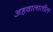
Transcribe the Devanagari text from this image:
अहवालातील